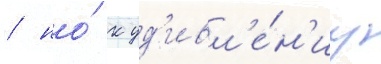
/ но́ к уд'ивл'е́н'иу